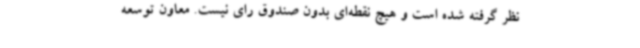
نظر گرفته شده است و هیچ نقطه‌ای بدون صندوق رای نیست. معاون توسعه